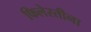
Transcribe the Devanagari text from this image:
फिलेस्तीना